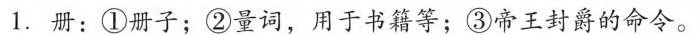
1.册：①册子；②量词，用于书籍等；③帝王封爵的命令。